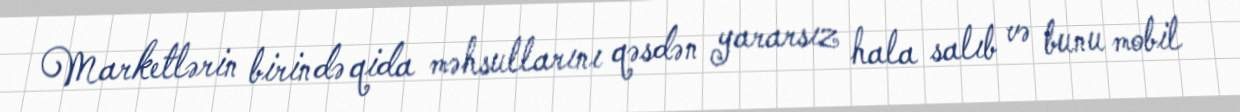
Marketlərin birində qida məhsullarını qəsdən yararsız hala salıb və bunu mobil